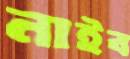
নাইব